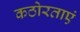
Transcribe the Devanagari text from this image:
कठोरताएं